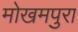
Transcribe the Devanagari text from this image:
मोखमपुरा